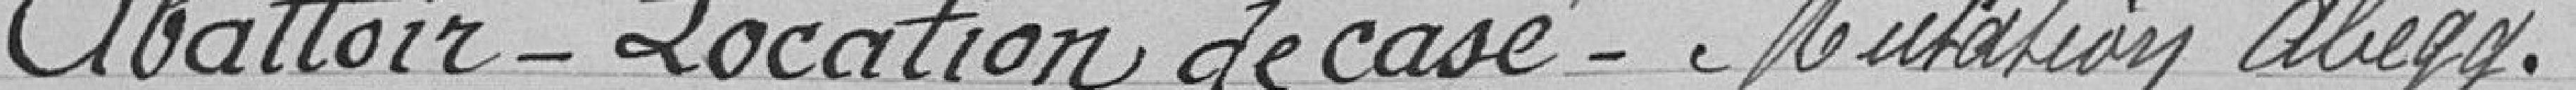
Abattoir_Location de case-Mutation Abegy.